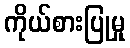
ကိုယ်စားပြုမှု